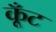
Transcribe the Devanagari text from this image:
कूँट